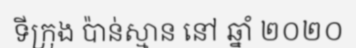
ទីក្រុង ប៉ាន់ស្មាន នៅ ឆ្នាំ ២០២០